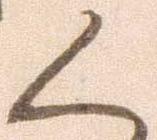
く